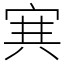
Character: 𡨄